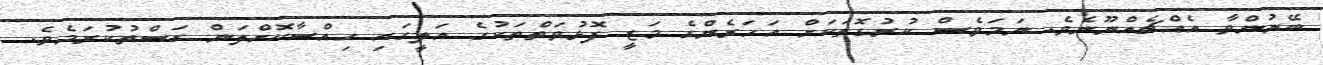
ބޭނުންވާ އެއްޗެއްނޫނެވެ. ނަމަވެސް ކުރުގޮތަކަށް އަހަރެންގެ މަޒީ ފޮޅުވަތްތަކުގެ އަލީގައި ހިއްސާކޮށްލަން ގަސްތުކުރަމެވެ.